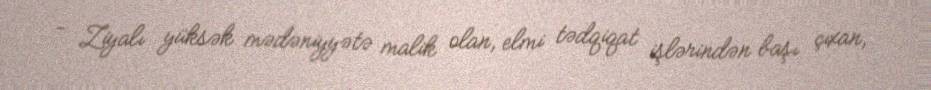
- Ziyalı yüksək mədəniyyətə malik olan, elmi tədqiqat işlərindən başı çıxan,